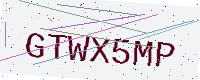
Text: GTWX5MP